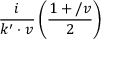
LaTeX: { \frac { i } { k ^ { \prime } \cdot v } } \left( { \frac { 1 + \slash v } { 2 } } \right)